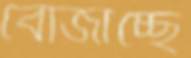
বোজাচ্ছে